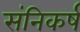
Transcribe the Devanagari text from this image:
संनिकर्ष